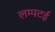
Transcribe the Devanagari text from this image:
लम्पटई